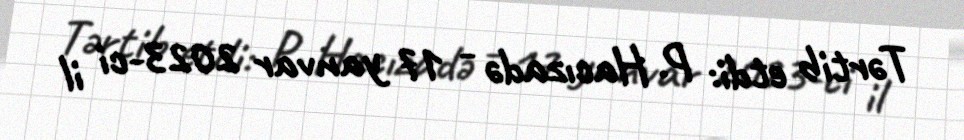
Tərtib etdi: P. Hacızadə - 17 yanvar 2023-ci il